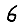
Digit: 6